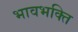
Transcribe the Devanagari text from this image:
भावभक्ति